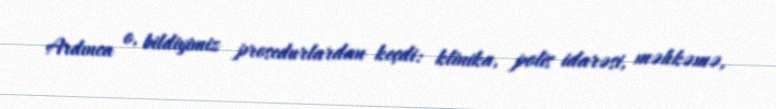
Ardınca o, bildiyimiz prosedurlardan keçdi: klinika, polis idarəsi, məhkəmə,